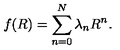
f ( R ) = \sum _ { n = 0 } ^ { N } \lambda _ { n } R ^ { n } .